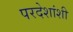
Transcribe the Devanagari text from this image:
परदेशांशी